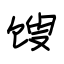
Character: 馊